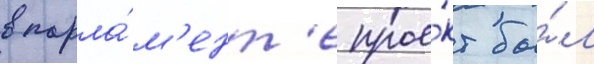
в парла́м'ент'е прое́кт бы́л